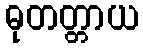
ဓုတတ္တာယ